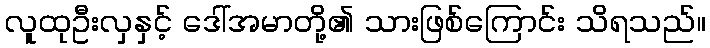
လူထုဦးလှနှင့် ဒေါ်အမာတို့၏ သားဖြစ်ကြောင်း သိရသည်။